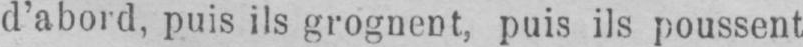
d’abord, puis ils grognent, puis ils poussent